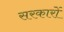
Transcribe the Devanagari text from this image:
सरकाराें